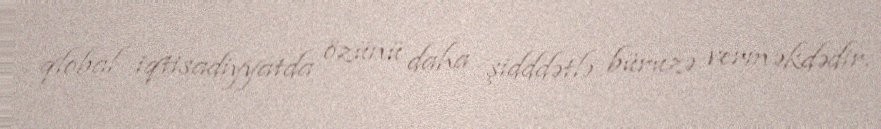
qlobal iqtisadiyyatda özünü daha şidddətlə büruzə verməkdədir.